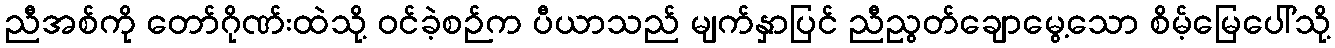
ညီအစ်ကို တော်ဂိုဏ်းထဲသို့ ဝင်ခဲ့စဉ်က ပီယာသည် မျက်နှာပြင် ညီညွတ်ချောမွေ့သော စိမ့်မြေပေါ်သို့